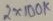
Text: 2X100K